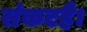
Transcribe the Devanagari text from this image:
संकटहै।